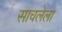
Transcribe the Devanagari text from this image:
साचलेला